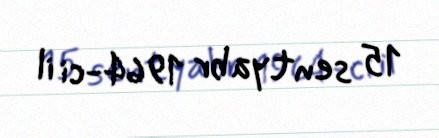
15 sentyabr 1964-ci il